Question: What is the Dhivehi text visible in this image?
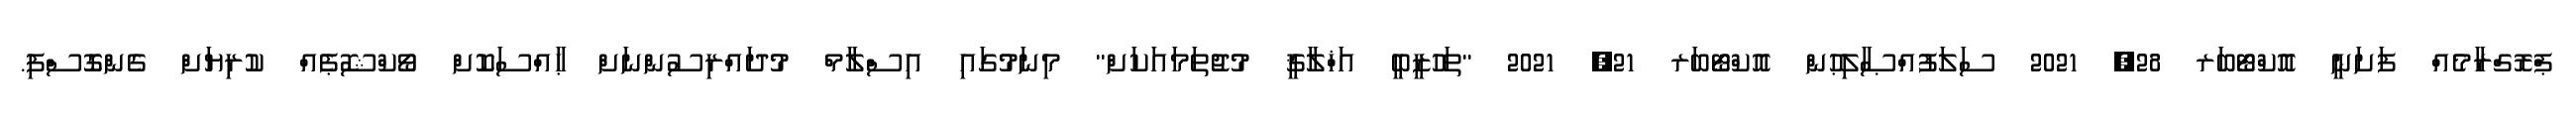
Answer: ޕްރޮގްރާމެއް ފަށަނީ އޮކްޓޯބަރ 28, 2021 ސަލަފުއްޞާލިޙުން އޮކްޓޯބަރ 21, 2021 "ތަހުޒީބީ އަޚްލާޤީ މުޖުތަމައަކަށް" މިނަމުގައި އިސްލާމް މުދައްރިސުންނަށް ޙާއްސަކޮށް ވޯކްޝޮޕެއް ކުރިޔަށް ގެންގޮސްފި.